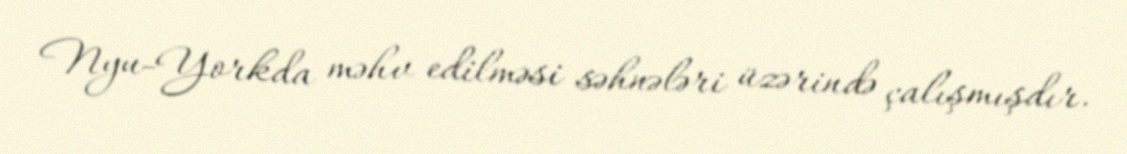
Nyu-Yorkda məhv edilməsi səhnələri üzərində çalışmışdır.